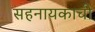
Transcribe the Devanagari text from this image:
सहनायकाची